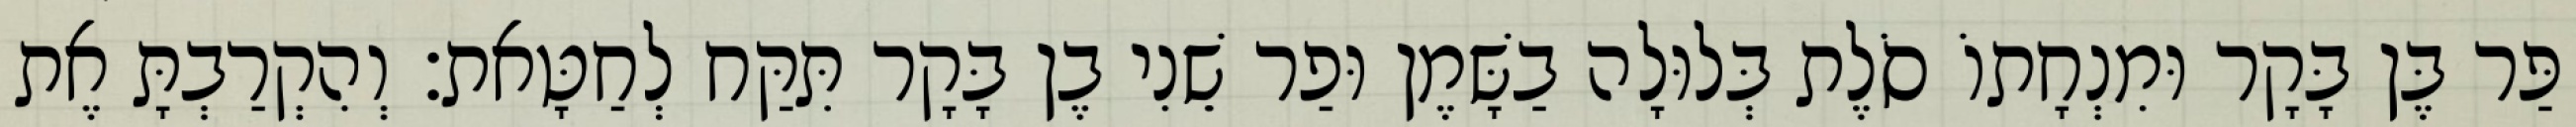
פַּר בֶּן בָּקָר וּמִנְחָתוֹ סֹלֶת בְּלוּלָה בַשָּׁמֶן וּפַר שֵׁנִי בֶן בָּקָר תִּקַּח לְחַטָּאת׃ וְהִקְרַבְתָּ אֶת